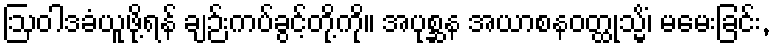
ဩဝါဒခံယူဖို့ရန် ချဉ်းကပ်ခွင့်တို့ကို။ အပုစ္ဆန အယာစနဝတ္ထုသ္မိံ၊ မမေးခြင်း,